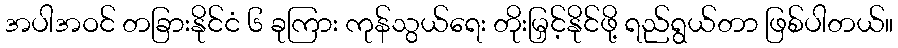
အပါအဝင် တခြားနိုင်ငံ ၆ ခုကြား ကုန်သွယ်ရေး တိုးမြှင့်နိုင်ဖို့ ရည်ရွယ်တာ ဖြစ်ပါတယ်။